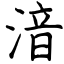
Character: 湆